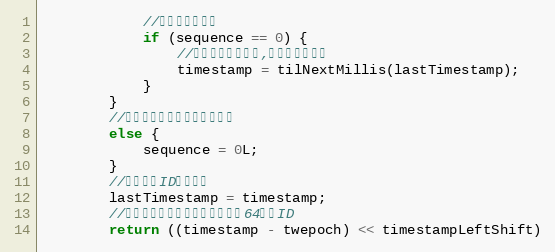
Language: Java
            //毫秒内序列溢出
            if (sequence == 0) {
                //阻塞到下一个毫秒,获得新的时间戳
                timestamp = tilNextMillis(lastTimestamp);
            }
        }
        //时间戳改变，毫秒内序列重置
        else {
            sequence = 0L;
        }
        //上次生成ID的时间截
        lastTimestamp = timestamp;
        //移位并通过或运算拼到一起组成64位的ID
        return ((timestamp - twepoch) << timestampLeftShift)